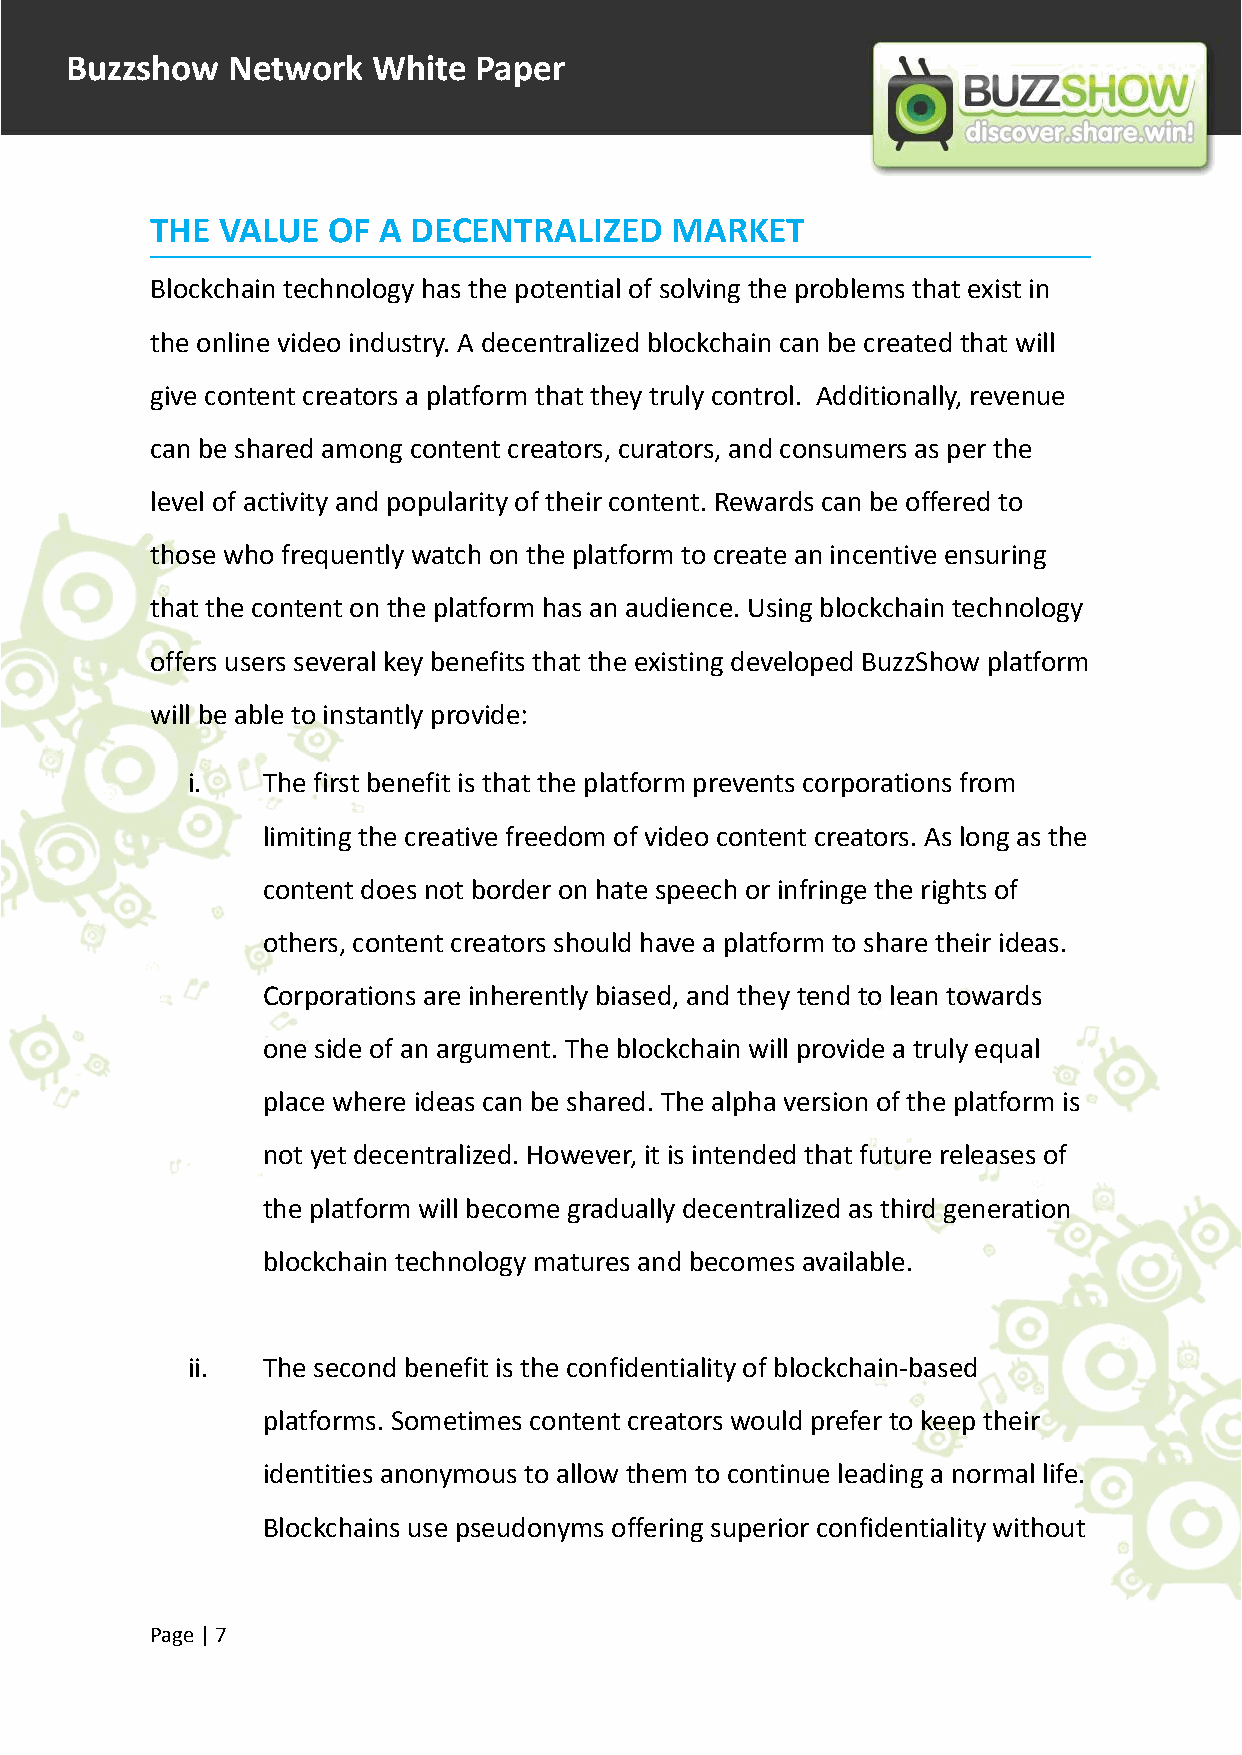
Buzzshow   Network   White Paper
 THE VALUE   OF A DECENTRALIZED    MARKET
 Blockchain technology has the potential of solving the problems that exist in
 the online video industry. A decentralized blockchain can be created that will
 give content creators a platform that they truly control. Additionally, revenue
 can be shared among content creators, curators, and consumers as per the
 level of activity and popularity of their content. Rewards can be offered to
 those who frequently watch on the platform to create an incentive ensuring
 that the content on the platform has an audience. Using blockchain technology
 offers users several key benefits that the existing developed BuzzShow platform
 will be able to instantly provide:
 i.   The first benefit is that the platform prevents corporations from
 limiting the creative freedom of video content creators. As long as the
 content does not border on hate speech or infringe the rights of
 others, content creators should have a platform to share their ideas.
 Corporations are inherently biased, and they tend to lean towards
 one side of an argument. The blockchain will provide a truly equal
 place where ideas can be shared. The alpha version of the platform is
 not yet decentralized. However, it is intended that future releases of
 the platform will become gradually decentralized as third generation
 blockchain technology matures and becomes available.
 ii.  The second benefit is the confidentiality of blockchain-based
 platforms. Sometimes content creators would prefer to keep their
 identities anonymous to allow them to continue leading a normal life.
 Blockchains use pseudonyms offering superior confidentiality without
 Page |7